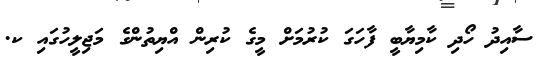
ސާއިދު ހޯދި ކާމިޔާބީ ފާހަގަ ކުރުމަށް މީގެ ކުރިން އްޔިތުންގެ މަޖިލީހުގައި ކ.